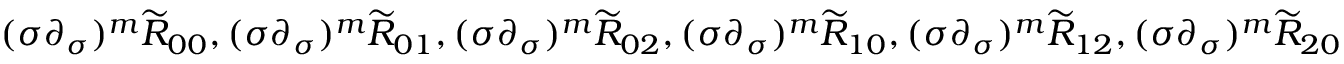
( \sigma \partial _ { \sigma } ) ^ { m } \widetilde { R } _ { 0 0 } , ( \sigma \partial _ { \sigma } ) ^ { m } \widetilde { R } _ { 0 1 } , ( \sigma \partial _ { \sigma } ) ^ { m } \widetilde { R } _ { 0 2 } , ( \sigma \partial _ { \sigma } ) ^ { m } \widetilde { R } _ { 1 0 } , ( \sigma \partial _ { \sigma } ) ^ { m } \widetilde { R } _ { 1 2 } , ( \sigma \partial _ { \sigma } ) ^ { m } \widetilde { R } _ { 2 0 }